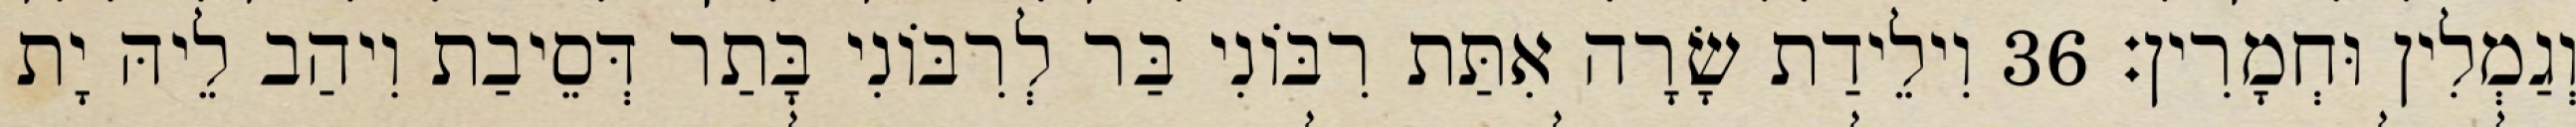
וְגַמְלִין וּחְמָרִין׃ 36 וִילֵידַת שָׂרָה אִתַּת רִבּוֹנִי בַּר לְרִבּוֹנִי בָּתַר דְּסֵיבַת וִיהַב לֵיהּ יָת